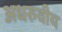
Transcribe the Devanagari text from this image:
अधरुवीय